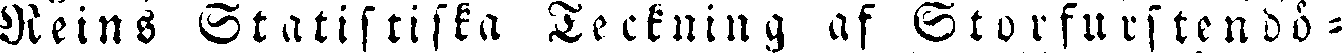
Reins Statistiska Teckning af Storfurstendö -